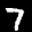
Label: 7